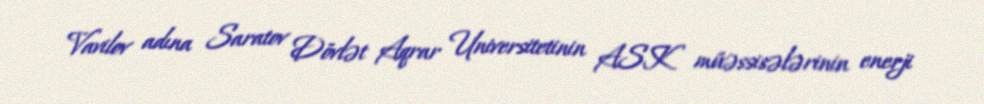
Vavilov adına Saratov Dövlət Aqrar Universitetinin ASK müəssisələrinin enerji